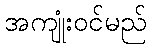
အကျုံးဝင်မည်